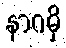
နာဂမှိ